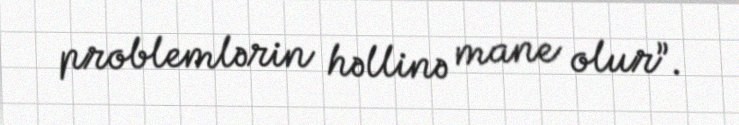
problemlərin həllinə mane olur”.